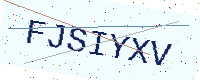
Text: FJSIYXV